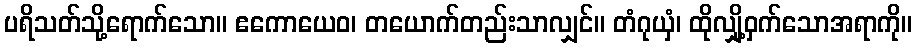
ပရိသတ်သို့ရောက်သော။ ဧကောယေဝ၊ တယောက်တည်းသာလျှင်။ တံဂုယှံ၊ ထိုလျှို့ဝှက်သောအရာကို။